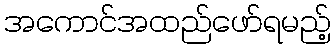
အကောင်အထည်ဖော်ရမည့်